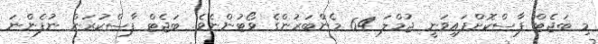
މި ބަޖެޓް ފާސްކޮށްފައިވަނީ ޖުމްލަ 64 މެންބަރުންގެ ވޯޓުންނެވެ. ބަޖެޓް ފާސްކުރަން ނުފެންނަ